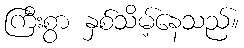
ကြီးစွာ နှစ်သိမ့်နေသည်။